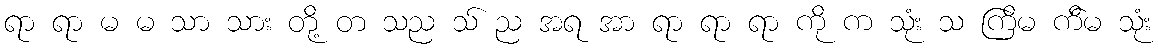
ရာ ရာ မ မ သာ သား တို့ တ သည သ် ည အရ အာ ရာ ရာ ရာ ကို က သုံး သ ကြိမ က်ိမ သုံး